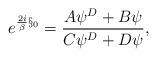
LaTeX: \begin{align*}e^{{{2i}\over\beta}{\S}_0}={A\psi^D +B\psi\over C\psi^D+D\psi}, \end{align*}